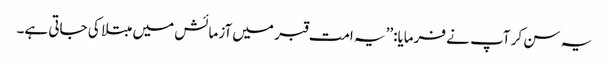
یہ سن کر آپ نے فرمایا:’’یہ امت قبر میں آزمائش میں مبتلا کی جاتی ہے۔